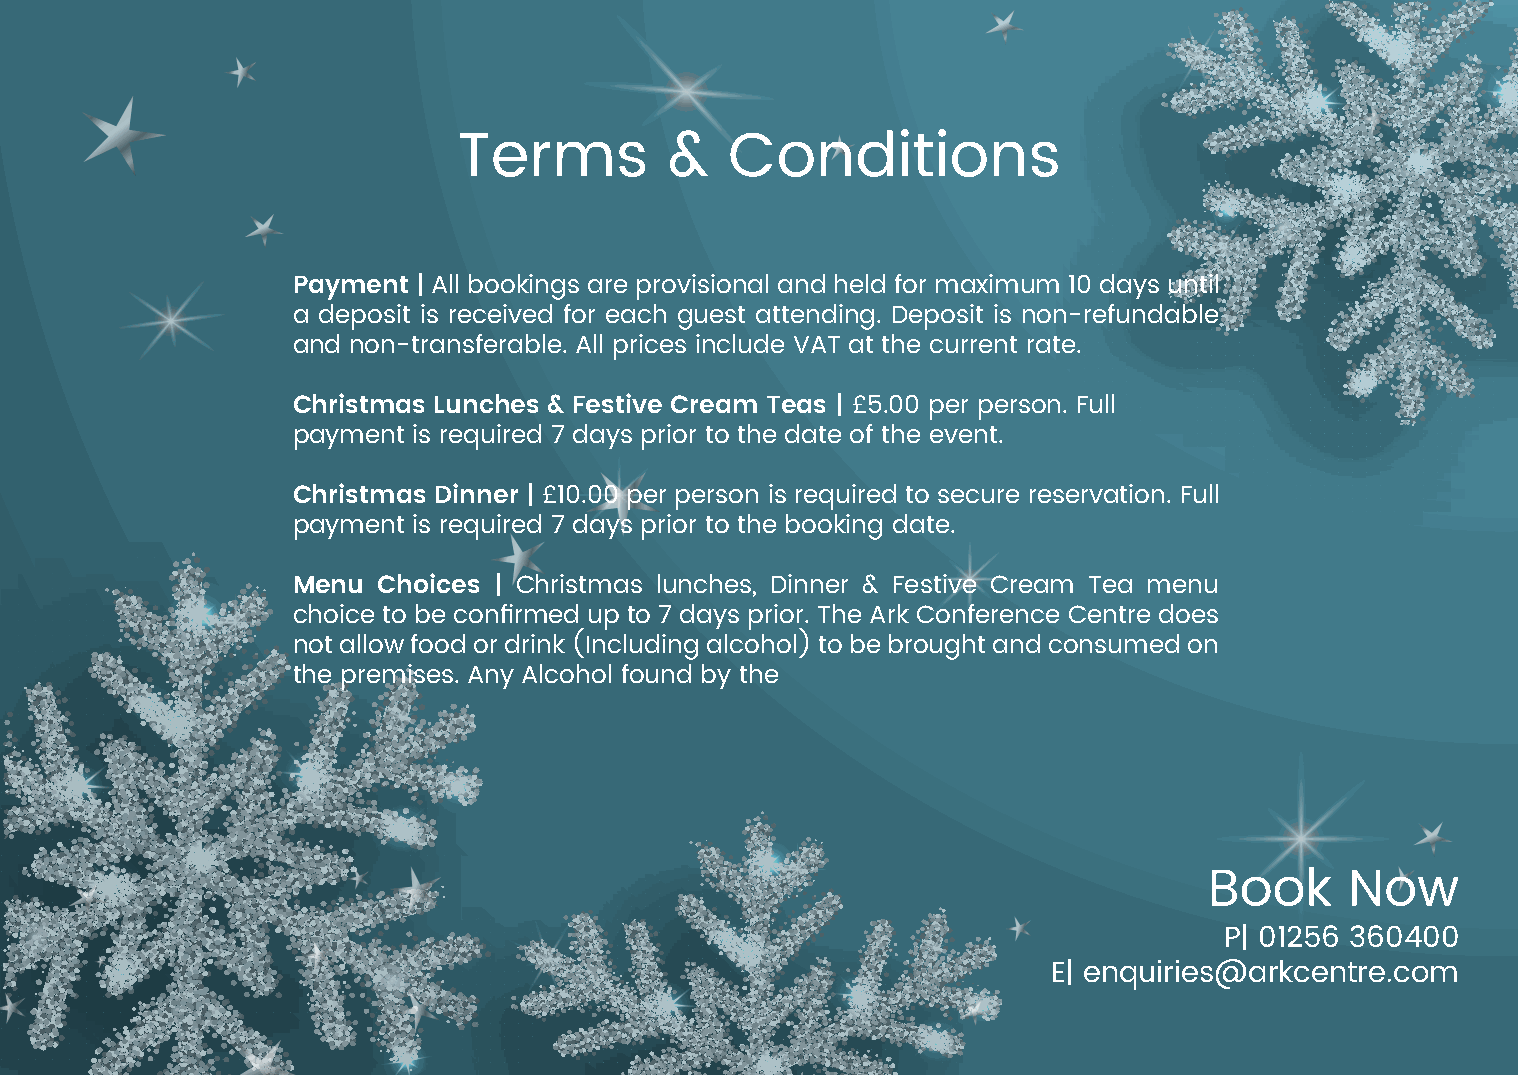
Terms         &   Conditions
 Payment  | All bookings are provisional and held for maximum 10 days until
 a deposit is received for each guest attending. Deposit is non-refundable
 and non-transferable. All prices include VAT at the current rate.
 Christmas Lunches & Festive Cream Teas | £5.00 per person. Full
 payment is required 7 days prior to the date of the event.
 Christmas Dinner | £10.00 per person is required to secure reservation. Full
 payment is required 7 days prior to the booking date.
 Menu  Choices | Christmas lunches, Dinner & Festive Cream Tea menu
 choice to be confirmed up to 7 days prior. The Ark Conference Centre does
 not allow food or drink (Including alcohol) to be brought and consumed on
 the premises. Any Alcohol found by the
 Book     Now
 P| 01256 360400
 E| enquiries@arkcentre.com